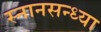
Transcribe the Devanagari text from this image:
स्नानसन्ध्या